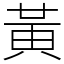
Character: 黃